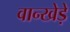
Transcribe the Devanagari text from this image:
वान्खेड़े